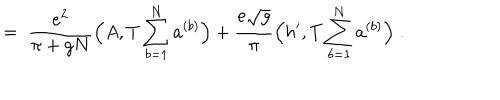
= \; \frac { e ^ { 2 } } { \pi + g N } \Big ( A , T \sum _ { b = 1 } ^ { N } a ^ { ( b ) } \Big ) + \frac { e \sqrt { g } } { \pi } \Big ( h ^ { \prime } , T \sum _ { b = 1 } ^ { N } a ^ { ( b ) } \Big ) \; .